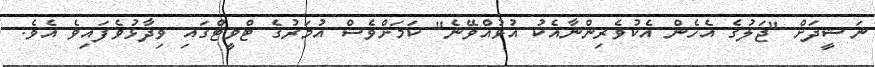
ނަޝީދަށް "ޖަލުގެ އެހެން އެކުވެރިންނާއެކު އުޅުއްވޭނެ" ކަމަށްވެސް އުމަރުގެ ޓްވީޓްގައި ވިދާޅުވެފައިވެ އެވެ.